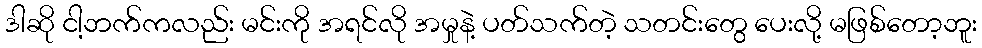
ဒါဆို ငါ့ဘက်ကလည်း မင်းကို အရင်လို အမှုနဲ့ ပတ်သက်တဲ့ သတင်းတွေ ပေးလို့ မဖြစ်တော့ဘူး